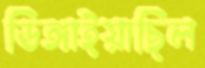
ডিঙ্গাইয়াছিল